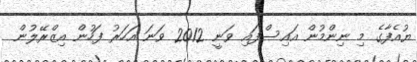
ޔުއެފާގެ މި ނިންމުން އައިސްފައި ވަނީ 2012 ވަނަ އަހަރު ފަހުން އިޒްރޭލުން